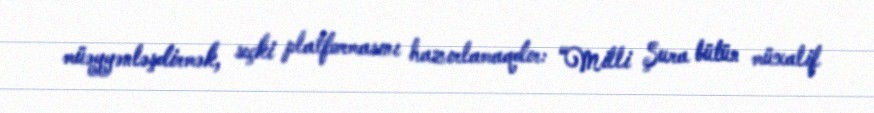
müəyyənləşdirmək, seçki platformasını hazırlamaqdır: “Milli Şura bütün müxalif